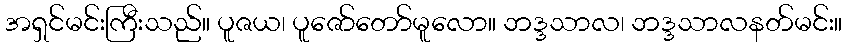
အရှင်မင်းကြီးသည်။ ပူဇယ၊ ပူဇော်တော်မူလော။ ဘဒ္ဒသာလ၊ ဘဒ္ဒသာလနတ်မင်း။